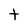
Character: t